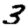
Digit: 3